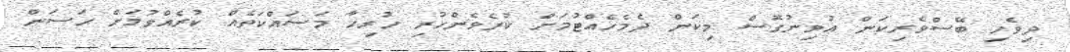
ދިވެހި ބޭސްވެރިކަން އުވިނުގޮސް މިކަން ދެމެހެއްޓުމަށް ކުރެވެންހުރި ހުރިހާ މަސައްކަތެއް ކުރެއްވުމަށް ޙަސަން